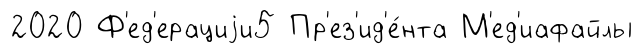
2020 Ф'ед'ерациjи5 Пр'ез'ид'е́нта М'ед'иафайлы